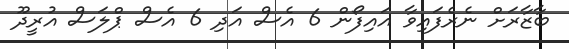
ބާޒާރަށް ނެރެފައިވާ އައިފޯން 6 އެސް އަދި 6 އެސް ޕްލަސް އުރީދޫ